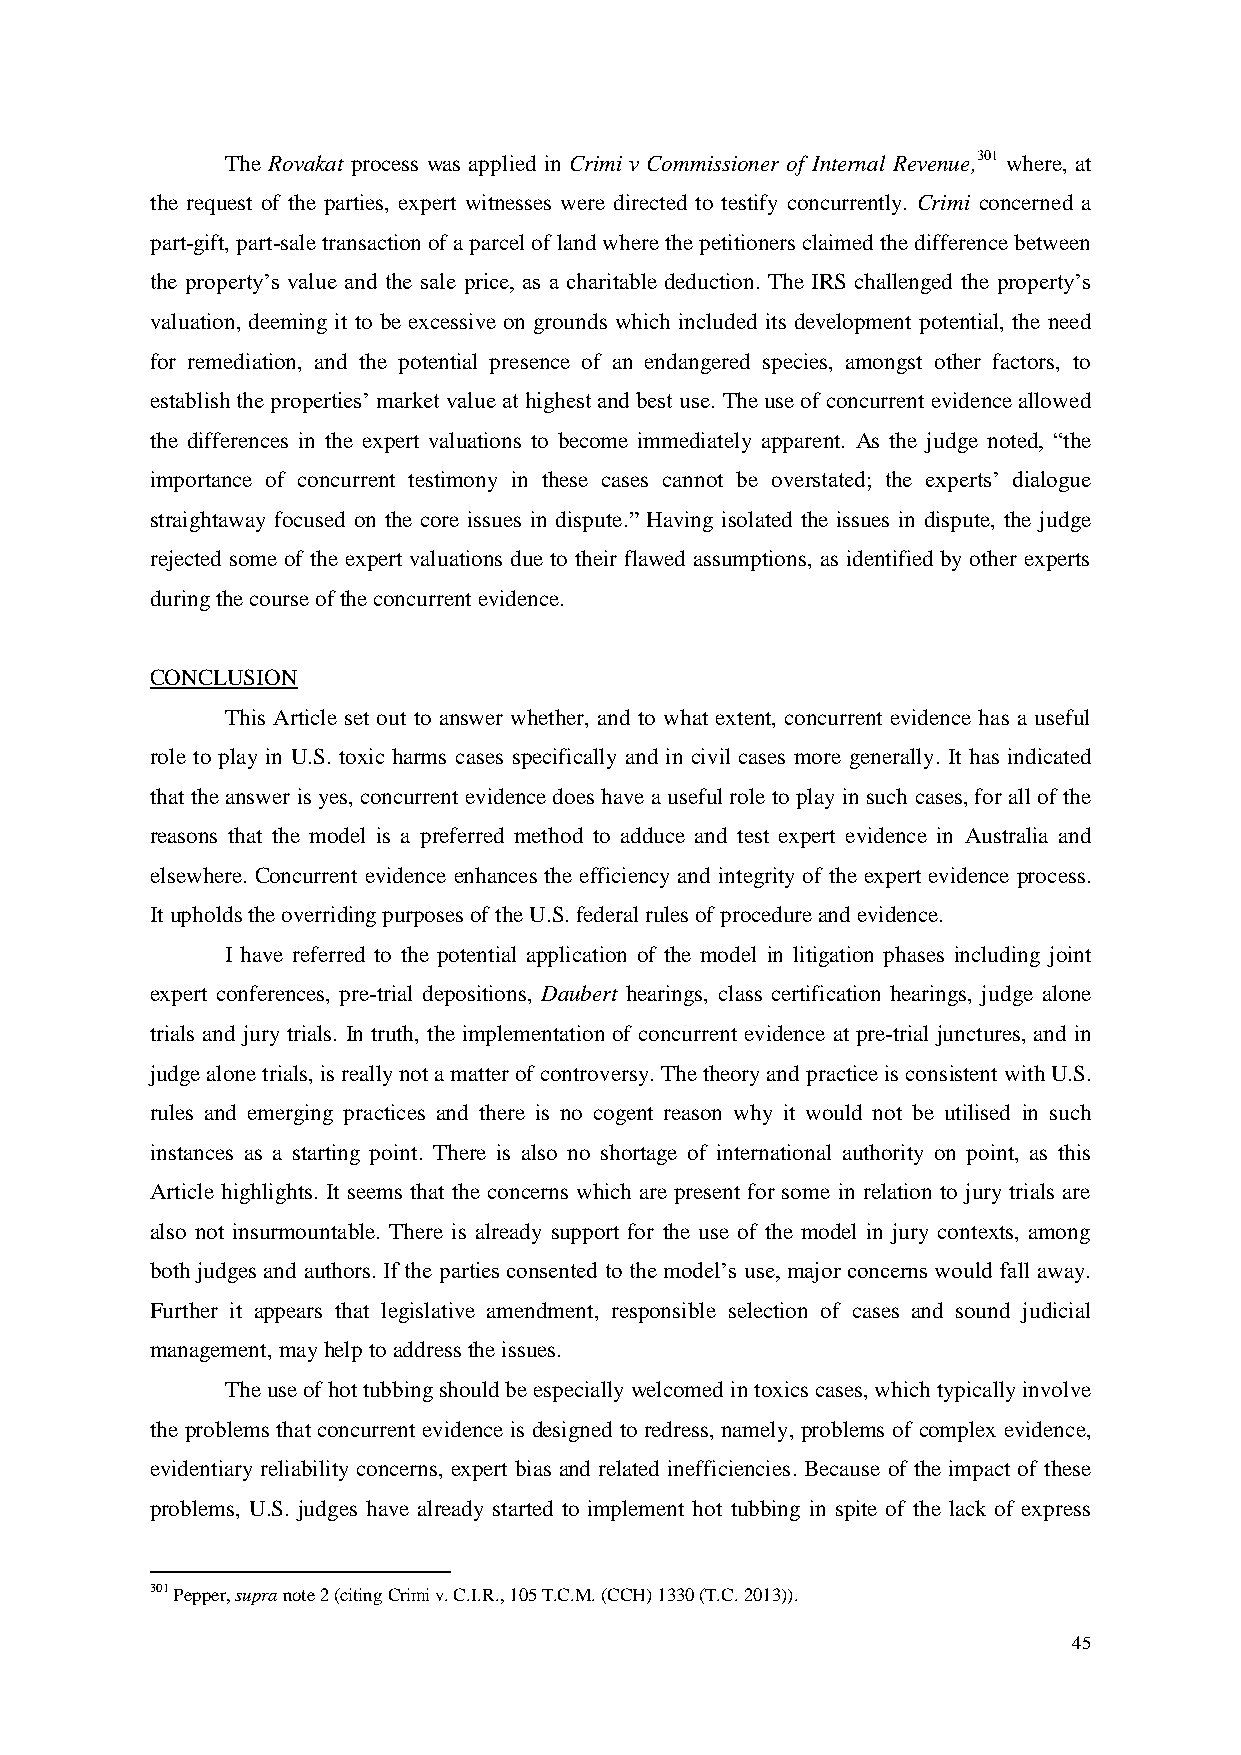
The Rovakat process was applied in Crimi v Commissioner of Internal Revenue,301 where, at
 the request of the parties, expert witnesses were directed to testify concurrently. Crimi concerned a
 part-gift, part-sale transaction of a parcel of land where the petitioners claimed the difference between
 the property’s value and the sale price, as a charitable deduction. The IRS challenged the property’s
 valuation, deeming it to be excessive on grounds which included its development potential, the need
 for remediation, and the potential presence of an endangered species, amongst other factors, to
 establish the properties’ market value at highest and best use. The use of concurrent evidence allowed
 the differences in the expert valuations to become immediately apparent. As the judge noted, “the
 importance of concurrent testimony in these cases cannot be overstated; the experts’ dialogue
 straightaway focused on the core issues in dispute.” Having isolated the issues in dispute, the judge
 rejected some of the expert valuations due to their flawed assumptions, as identified by other experts
 during the course of the concurrent evidence.
 CONCLUSION
 This Article set out to answer whether, and to what extent, concurrent evidence has a useful
 role to play in U.S. toxic harms cases specifically and in civil cases more generally. It has indicated
 that the answer is yes, concurrent evidence does have a useful role to play in such cases, for all of the
 reasons that the model is a preferred method to adduce and test expert evidence in Australia and
 elsewhere. Concurrent evidence enhances the efficiency and integrity of the expert evidence process.
 It upholds the overriding purposes of the U.S. federal rules of procedure and evidence.
 I have referred to the potential application of the model in litigation phases including joint
 expert conferences, pre-trial depositions, Daubert hearings, class certification hearings, judge alone
 trials and jury trials. In truth, the implementation of concurrent evidence at pre-trial junctures, and in
 judge alone trials, is really not a matter of controversy. The theory and practice is consistent with U.S.
 rules and emerging practices and there is no cogent reason why it would not be utilised in such
 instances as a starting point. There is also no shortage of international authority on point, as this
 Article highlights. It seems that the concerns which are present for some in relation to jury trials are
 also not insurmountable. There is already support for the use of the model in jury contexts, among
 both judges and authors. If the parties consented to the model’s use, major concerns would fall away.
 Further it appears that legislative amendment, responsible selection of cases and sound judicial
 management, may help to address the issues.
 The use of hot tubbing should be especially welcomed in toxics cases, which typically involve
 the problems that concurrent evidence is designed to redress, namely, problems of complex evidence,
 evidentiary reliability concerns, expert bias and related inefficiencies. Because of the impact of these
 problems, U.S. judges have already started to implement hot tubbing in spite of the lack of express
 301 Pepper, supra note 2 (citing Crimi v. C.I.R., 105 T.C.M. (CCH) 1330 (T.C. 2013)).
 45